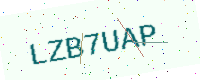
Text: LZB7UAP